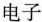
电子